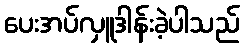
ပေးအပ်လှူဒါန်းခဲ့ပါသည်